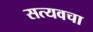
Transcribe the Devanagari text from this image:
सत्यवचा